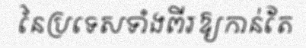
នៃប្រទេសទាំងពីរឱ្យកាន់តែ